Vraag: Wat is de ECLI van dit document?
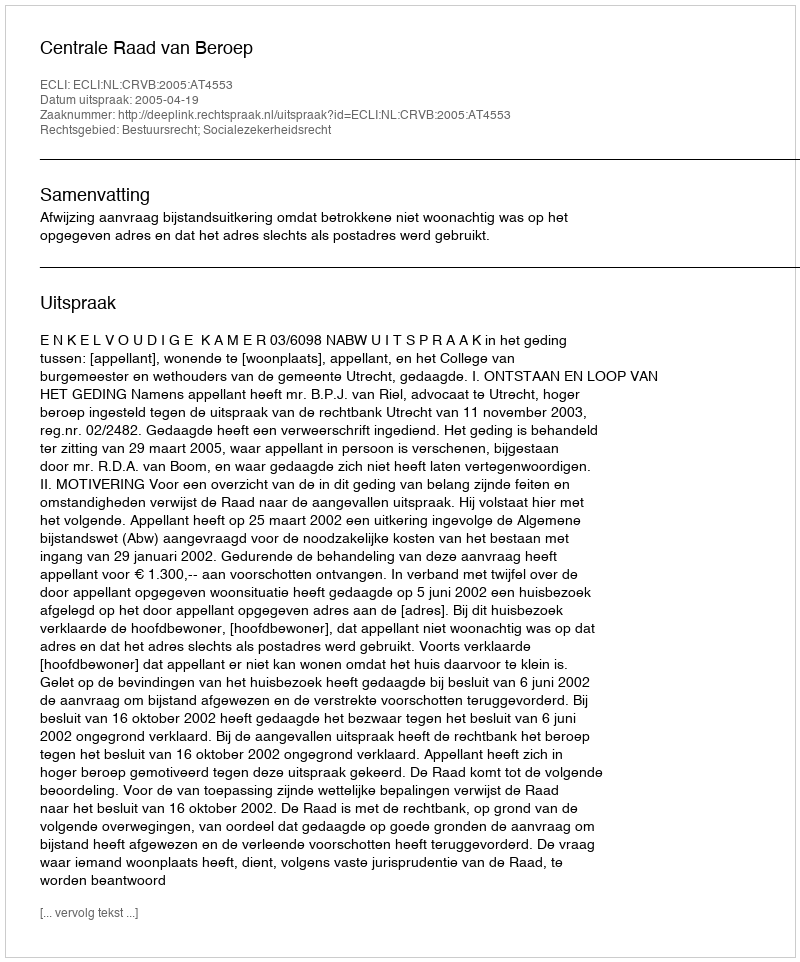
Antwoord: ECLI:NL:CRVB:2005:AT4553